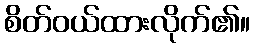
စိတ်ဝယ်ထားလိုက်၏။